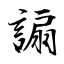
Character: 謆